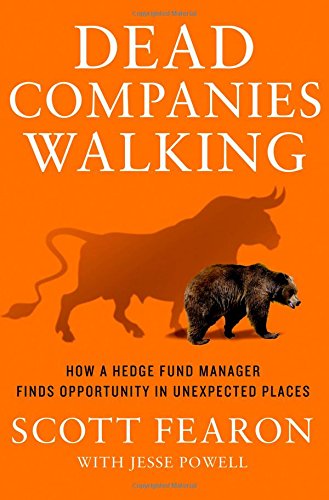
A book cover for Dead Companies Walking: How A Hedge Fund Manager Finds Opportunity in Unexpected Places; Scott Fearon; Business & Money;